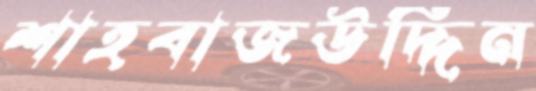
শাহবাজউদ্দিন